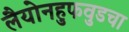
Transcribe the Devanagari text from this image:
लैयोनहुफवुडचा